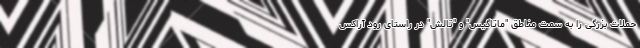
حملات بزرگی را به سمت مناطق "ماتاگیس" و "تالش" در راستای رود آراکس